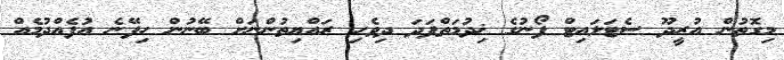
މިގޮތުން އުރީދޫ ސެޓަލައިޓް ފޯނުގެ ޚިދުމަތްފަދަ ދިވެހި ރައްޔިތުންނަށް ބޭނުން ހިފޭނެ އުފެއްދުމެއް